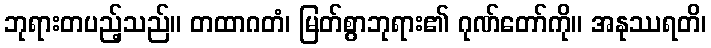
ဘုရားတပည့်သည်။ တထာဂတံ၊ မြတ်စွာဘုရား၏ ဂုဏ်တော်ကို။ အနုဿရတိ၊